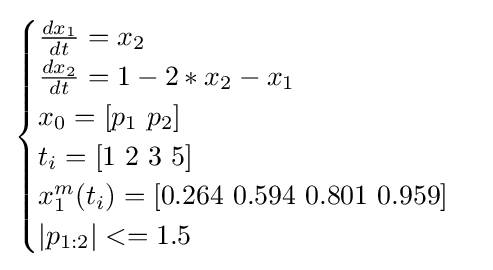
{\begin{cases}{\frac {dx_{1}}{dt}}=x_{2}\\{\frac {dx_{2}}{dt}}=1-2*x_{2}-x_{1}\\x_{0}=[p_{1}\ p_{2}]\\t_{i}=[1\ 2\ 3\ 5]\\x_{1}^{m}(t_{i})=[0.264\ 0.594\ 0.801\ 0.959]\\|p_{1:2}|<=1.5\\\end{cases}}